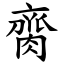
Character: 䐡